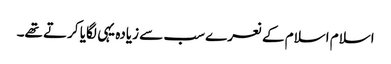
اسلام اسلام کے نعرے سب سے زیادہ یہی لگایا کرتے تھے۔